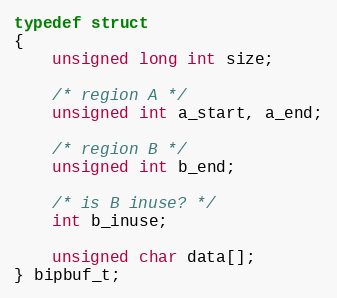
Language: C
typedef struct
{
    unsigned long int size;

    /* region A */
    unsigned int a_start, a_end;

    /* region B */
    unsigned int b_end;

    /* is B inuse? */
    int b_inuse;

    unsigned char data[];
} bipbuf_t;